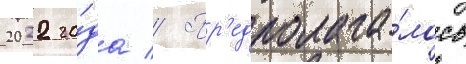
2022 го́да // Пр'едполага́лось